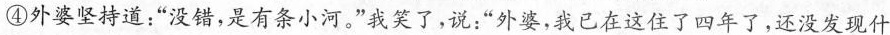
④外婆坚持道：“没错，是有条小河，”我笑了，说：“外婆，我已在这住了四年了，还没发现什